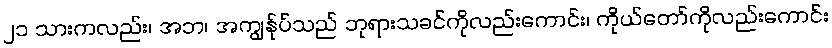
၂၁ သားကလည်း၊ အဘ၊ အကျွန်ုပ်သည် ဘုရားသခင်ကိုလည်းကောင်း၊ ကိုယ်တော်ကိုလည်းကောင်း